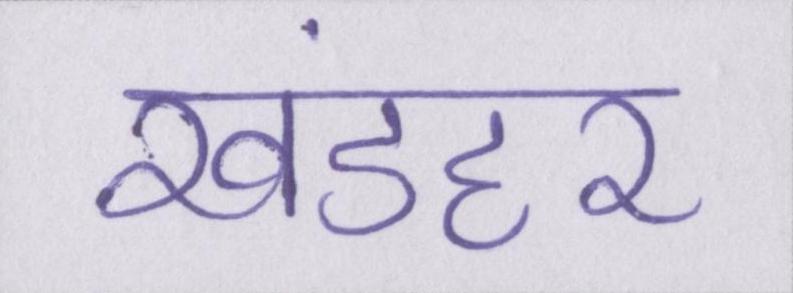
खंडहर